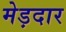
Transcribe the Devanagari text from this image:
मेड़दार